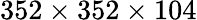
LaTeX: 352\times 352\times 104